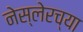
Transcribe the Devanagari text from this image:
नेस्लेरच्या